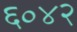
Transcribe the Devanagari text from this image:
६०४२